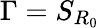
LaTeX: \Gamma=S_{R_{0}}